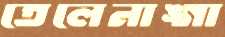
তেলেনাঙ্গা